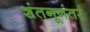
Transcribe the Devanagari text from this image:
शंतनूनंतर